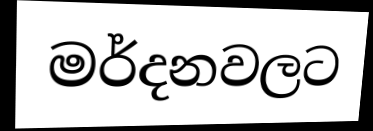
මර්දනවලට